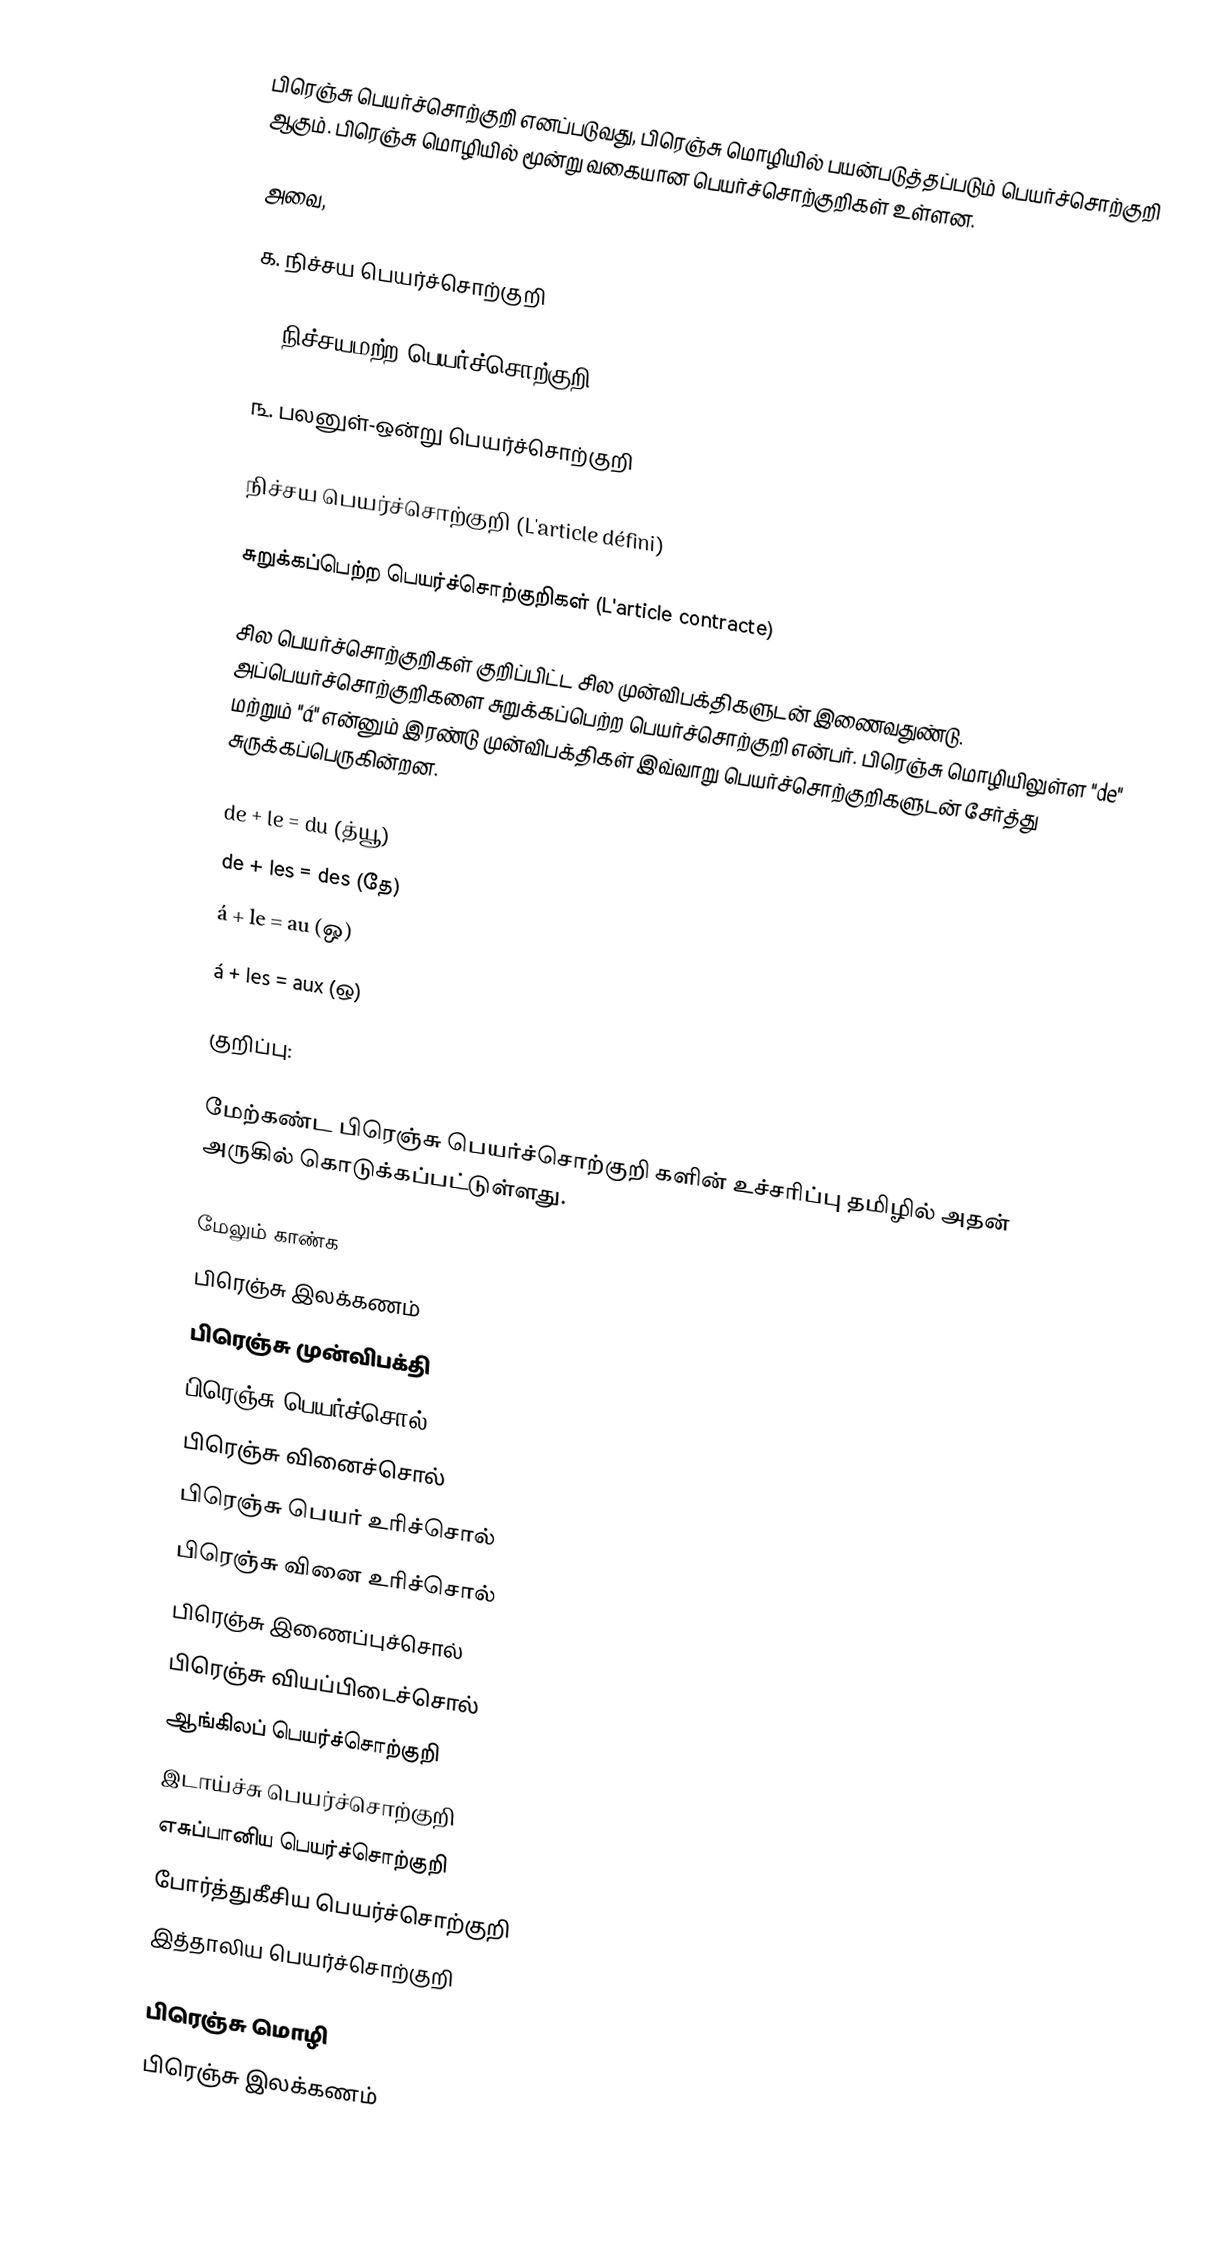
பிரெஞ்சு பெயர்ச்சொற்குறி எனப்படுவது, பிரெஞ்சு மொழியில் பயன்படுத்தப்படும் பெயர்ச்சொற்குறி ஆகும். பிரெஞ்சு மொழியில் மூன்று வகையான பெயர்ச்சொற்குறிகள் உள்ளன.

அவை,

௧. நிச்சய பெயர்ச்சொற்குறி

௨. நிச்சயமற்ற பெயர்ச்சொற்குறி

௩. பலனுள்-ஒன்று பெயர்ச்சொற்குறி

நிச்சய பெயர்ச்சொற்குறி (L'article défini)

சுறுக்கப்பெற்ற பெயர்ச்சொற்குறிகள் (L'article contracte)

சில பெயர்ச்சொற்குறிகள் குறிப்பிட்ட சில முன்விபக்திகளுடன் இணைவதுண்டு. அப்பெயர்ச்சொற்குறிகளை சுறுக்கப்பெற்ற பெயர்ச்சொற்குறி என்பர். பிரெஞ்சு மொழியிலுள்ள "de" மற்றும் "á" என்னும் இரண்டு முன்விபக்திகள் இவ்வாறு பெயர்ச்சொற்குறிகளுடன் சேர்த்து சுருக்கப்பெருகின்றன.

 de +  le  = du (த்யூ)
 de +  les = des (தே)
 á  +  le  = au (ஒ)
 á  +  les = aux (ஒ)

குறிப்பு:

மேற்கண்ட பிரெஞ்சு பெயர்ச்சொற்குறி களின் உச்சரிப்பு தமிழில் அதன் அருகில் கொடுக்கப்பட்டுள்ளது.

மேலும் காண்க
பிரெஞ்சு இலக்கணம்
பிரெஞ்சு முன்விபக்தி
பிரெஞ்சு பெயர்ச்சொல்
பிரெஞ்சு வினைச்சொல்
பிரெஞ்சு பெயர் உரிச்சொல்
பிரெஞ்சு வினை உரிச்சொல்
பிரெஞ்சு இணைப்புச்சொல்
பிரெஞ்சு வியப்பிடைச்சொல்
ஆங்கிலப் பெயர்ச்சொற்குறி
இடாய்ச்சு பெயர்ச்சொற்குறி
எசுப்பானிய பெயர்ச்சொற்குறி
போர்த்துகீசிய பெயர்ச்சொற்குறி
இத்தாலிய பெயர்ச்சொற்குறி

பிரெஞ்சு மொழி
பிரெஞ்சு இலக்கணம்